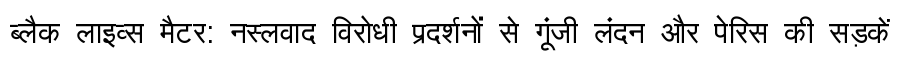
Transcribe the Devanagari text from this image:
ब्लैक लाइव्स मैटर: नस्लवाद विरोधी प्रदर्शनों से गूंजी लंदन और पेरिस की सड़कें